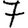
Digit: 7